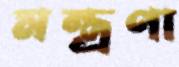
মন্ত্রণা